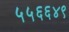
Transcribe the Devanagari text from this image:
५५६६४९